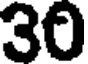
30